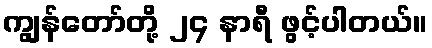
ကျွန်တော်တို့ ၂၄ နာရီ ဖွင့်ပါတယ်။